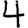
Digit: 4